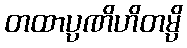
တထာပ္ပဏိဟိတမ္ပိ